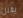
يقلل